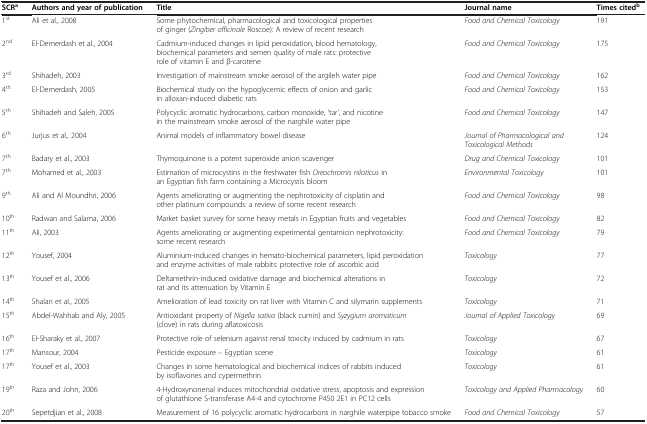
<table><thead><tr><td><b>SCR<sup>a</sup></b></td><td><b>Authors and year of publication</b></td><td><b>Title</b></td><td><b>Journal name</b></td><td><b>Times cited<sup>b</sup></b></td></tr></thead><tbody><tr><td>1<sup>st</sup></td><td>Ali et al., 2008</td><td>Some phytochemical, pharmacological and toxicological properties of ginger (<i>Zingiber officinale</i> Roscoe): A review of recent research</td><td><i>Food and Chemical Toxicology</i></td><td>191</td></tr><tr><td>2<sup>nd</sup></td><td>El-Demerdash et al., 2004</td><td>Cadmium-induced changes in lipid peroxidation, blood hematology, biochemical parameters and semen quality of male rats: protective role of vitamin E and β-carotene</td><td><i>Food and Chemical Toxicology</i></td><td>175</td></tr><tr><td>3<sup>rd</sup></td><td>Shihadeh, 2003</td><td>Investigation of mainstream smoke aerosol of the argileh water pipe</td><td><i>Food and Chemical Toxicology</i></td><td>162</td></tr><tr><td>4<sup>th</sup></td><td>El-Demerdash, 2005</td><td>Biochemical study on the hypoglycemic effects of onion and garlic in alloxan-induced diabetic rats</td><td><i>Food and Chemical Toxicology</i></td><td>153</td></tr><tr><td>5<sup>th</sup></td><td>Shihadeh and Saleh, 2005</td><td>Polycyclic aromatic hydrocarbons, carbon monoxide, ‘tar’, and nicotine in the mainstream smoke aerosol of the narghile water pipe</td><td><i>Food and Chemical Toxicology</i></td><td>147</td></tr><tr><td>6<sup>th</sup></td><td>Jurjus et al., 2004</td><td>Animal models of inflammatory bowel disease</td><td><i>Journal of Pharmacological and Toxicological Methods</i></td><td>124</td></tr><tr><td>7<sup>th</sup></td><td>Badary et al., 2003</td><td>Thymoquinone is a potent superoxide anion scavenger</td><td><i>Drug and Chemical Toxicology</i></td><td>101</td></tr><tr><td>7<sup>th</sup></td><td>Mohamed et al., 2003</td><td>Estimation of microcystins in the freshwater fish <i>Oreochromis niloticus</i> in an Egyptian fish farm containing a Microcystis bloom</td><td><i>Environmental Toxicology</i></td><td>101</td></tr><tr><td>9<sup>th</sup></td><td>Ali and Al Moundhri, 2006</td><td>Agents ameliorating or augmenting the nephrotoxicity of cisplatin and other platinum compounds: a review of some recent research</td><td><i>Food and Chemical Toxicology</i></td><td>98</td></tr><tr><td>10<sup>th</sup></td><td>Radwan and Salama, 2006</td><td>Market basket survey for some heavy metals in Egyptian fruits and vegetables</td><td><i>Food and Chemical Toxicology</i></td><td>82</td></tr><tr><td>11<sup>th</sup></td><td>Ali, 2003</td><td>Agents ameliorating or augmenting experimental gentamicin nephrotoxicity: some recent research</td><td><i>Food and Chemical Toxicology</i></td><td>79</td></tr><tr><td>12<sup>th</sup></td><td>Yousef, 2004</td><td>Aluminium-induced changes in hemato-biochemical parameters, lipid peroxidation and enzyme activities of male rabbits: protective role of ascorbic acid</td><td><i>Toxicology</i></td><td>77</td></tr><tr><td>13<sup>th</sup></td><td>Yousef et al., 2006</td><td>Deltamethrin-induced oxidative damage and biochemical alterations in rat and its attenuation by Vitamin E</td><td><i>Toxicology</i></td><td>72</td></tr><tr><td>14<sup>th</sup></td><td>Shalan et al., 2005</td><td>Amelioration of lead toxicity on rat liver with Vitamin C and silymarin supplements</td><td><i>Toxicology</i></td><td>71</td></tr><tr><td>15<sup>th</sup></td><td>Abdel-Wahhab and Aly, 2005</td><td>Antioxidant property of <i>Nigella sativa</i> (black cumin) and <i>Syzygium aromaticum</i> (clove) in rats during aflatoxicosis</td><td><i>Journal of Applied Toxicology</i></td><td>69</td></tr><tr><td>16<sup>th</sup></td><td>El-Sharaky et al., 2007</td><td>Protective role of selenium against renal toxicity induced by cadmium in rats</td><td><i>Toxicology</i></td><td>67</td></tr><tr><td>17<sup>th</sup></td><td>Mansour, 2004</td><td>Pesticide exposure – Egyptian scene</td><td><i>Toxicology</i></td><td>61</td></tr><tr><td>17<sup>th</sup></td><td>Yousef et al., 2003</td><td>Changes in some hematological and biochemical indices of rabbits induced by isoflavones and cypermethrin</td><td><i>Toxicology</i></td><td>61</td></tr><tr><td>19<sup>th</sup></td><td>Raza and John, 2006</td><td>4-Hydroxynonenal induces mitochondrial oxidative stress, apoptosis and expression of glutathione S-transferase A4-4 and cytochrome P450 2E1 in PC12 cells</td><td><i>Toxicology and Applied Pharmacology</i></td><td>60</td></tr><tr><td>20<sup>th</sup></td><td>Sepetdjian et al., 2008</td><td>Measurement of 16 polycyclic aromatic hydrocarbons in narghile waterpipe tobacco smoke</td><td><i>Food and Chemical Toxicology</i></td><td>57</td></tr></tbody></table>